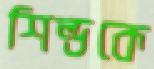
শিল্ডকে